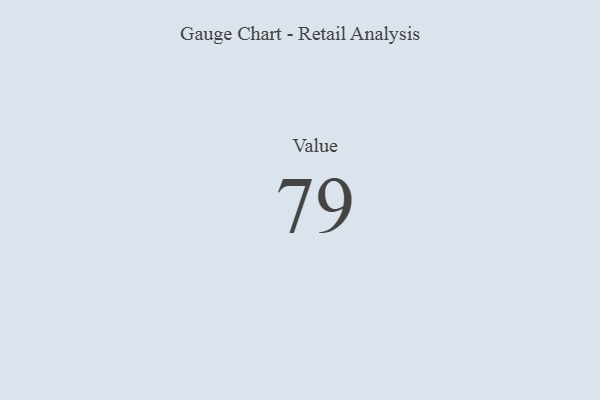
{"axis": {"x": "Metric", "y": "Value"}, "legend": [""], "data": [{"x": "Value", "y": 79, "type": ""}]}